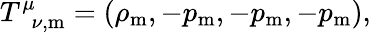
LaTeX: T_{\, \, \, \nu,{\mathrm m}}^{\mu}=\left(\rho_{{\mathrm m}},-p_{\mathrm m},-p_{\mathrm m},-p_{\mathrm m}\right),